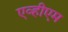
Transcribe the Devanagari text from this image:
एव्हीएम